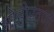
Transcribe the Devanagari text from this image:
मोहोरवणी